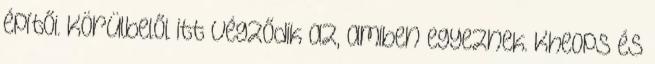
építői. Körülbelől itt végződik az, amiben egyeznek. Kheops és